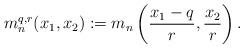
LaTeX: \begin{align*} m_n^{q,r}(x_1,x_2):= m_n\left( \frac{x_1-q}{r},\frac{x_2}{r} \right). \end{align*}